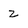
Character: z